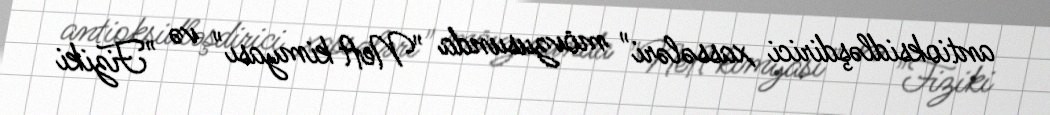
antioksidləşdirici xassələri" mövzusunda "Neft kimyası" və "Fiziki